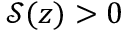
\mathcal { S } ( z ) > 0